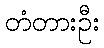
တံတားဦး